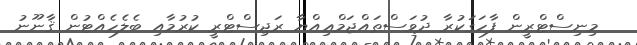
މިނިސްޓްރީން ފާހަގަކުރާ ދުވަސްތައްޖަމްޢިއްޔާ ރަޖިސްޓްރީ ކުރުމާއި ބެލެހެއްޓުން ޤާނޫނު